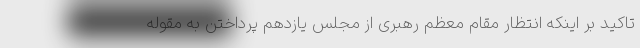
تاکید بر اینکه انتظار مقام معظم رهبری از مجلس یازدهم پرداختن به مقوله